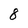
Character: 8